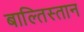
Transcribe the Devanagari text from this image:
बाल्तिस्तान